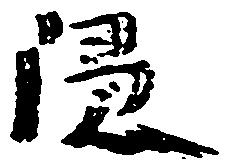
隠